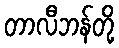
တာလီဘန်တို့